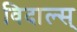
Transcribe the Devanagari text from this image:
विदाल्स्